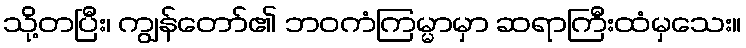
သို့တပြီး၊ ကျွန်တော်၏ ဘဝကံကြမ္မာမှာ ဆရာကြီးထံမှသေး။